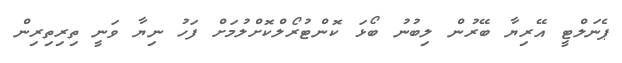
ޕެނަލްޓީ އޭރިޔާ ބޭރުން ލިބުނު ބޯޅަ ކޮންޓުރޯލްކޮށްލުމަށް ފަހު ނިޔާ ވަނީ ތިރިތިރިން